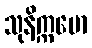
သုနိက္ကမော